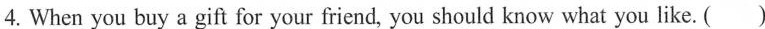
4. When you buy a gift for your friend, you should know what you like. ( )